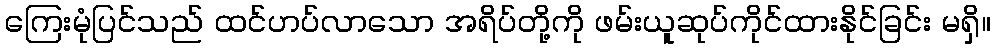
ကြေးမုံပြင်သည် ထင်ဟပ်လာသော အရိပ်တို့ကို ဖမ်းယူဆုပ်ကိုင်ထားနိုင်ခြင်း မရှိ။